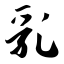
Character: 乳